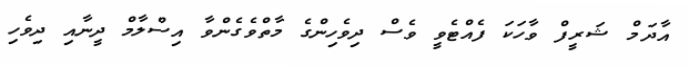
އާދަމް ޝަރީފް ވާހަކަ ފެއްޓެވީ ވެސް ދިވެހިންގެ މާތްވެގެންވާ އިސްލާމް ދީނާއި ދިވެހި